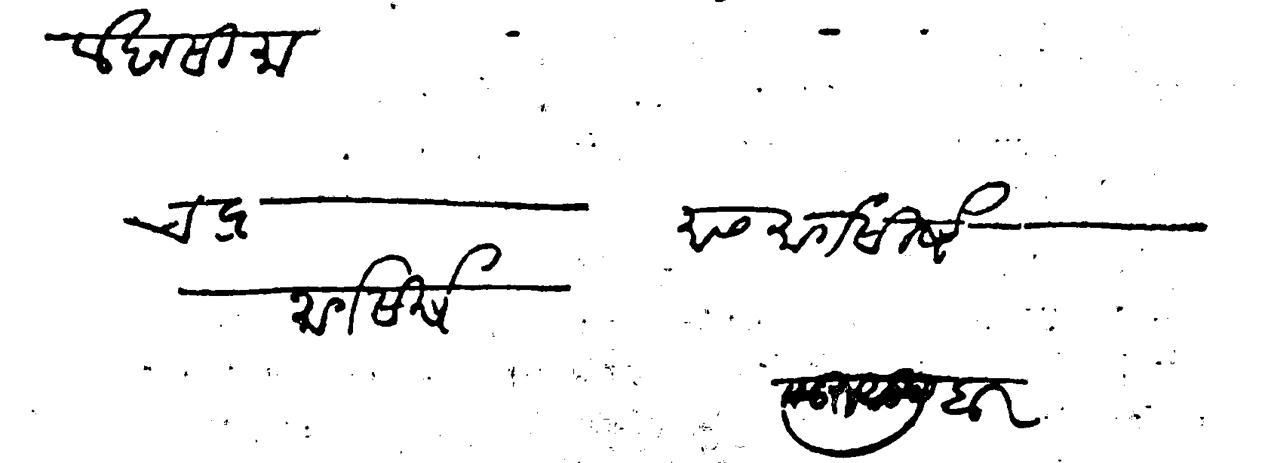
Transliteration (Devanagari): लेखन सीमा मास मार्गसीर्ष चंद्र मार्गसीर्ष सुरू सूद वार